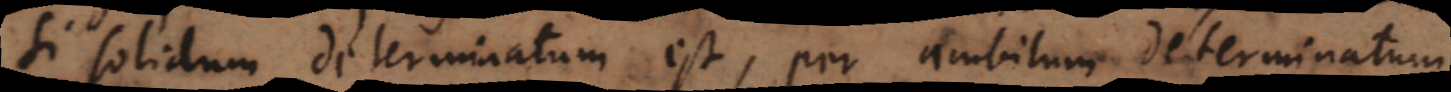
si solidum determinatum est, per ambitum determinatum